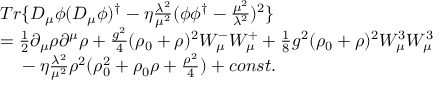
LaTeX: \begin{array} { c l } { { } } & { { T r \{ D _ { \mu } \phi ( D _ { \mu } \phi ) ^ { \dag } - \eta \frac { \lambda ^ { 2 } } { \mu ^ { 2 } } ( \phi { \phi } ^ { \dag } - \frac { { \mu } ^ { 2 } } { { \lambda } ^ { 2 } } ) ^ { 2 } \} } } \\ { { } } & { { = \frac { 1 } { 2 } { \partial } _ { \mu } \rho { \partial } ^ { \mu } \rho + \frac { g ^ { 2 } } { 4 } ( \rho _ { 0 } + \rho ) ^ { 2 } W _ { \mu } ^ { - } W _ { \mu } ^ { + } + \frac { 1 } { 8 } g ^ { 2 } ( \rho _ { 0 } + \rho ) ^ { 2 } W _ { \mu } ^ { 3 } W _ { \mu } ^ { 3 } } } \\ { { } } & { { ~ ~ ~ - \eta \frac { \lambda ^ { 2 } } { \mu ^ { 2 } } { \rho } ^ { 2 } ( \rho _ { 0 } ^ { 2 } + \rho _ { 0 } \rho + \frac { { \rho } ^ { 2 } } { 4 } ) + c o n s t . } } \end{array}